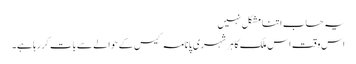
یہ حساب اتنا مشکل نہیں
اس وقت اس ملک کا ہر شہری پانامہ کیس کے حوالے سے بات کر رہا ہے۔